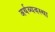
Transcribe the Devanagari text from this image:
अर्थव्यवस्‍था